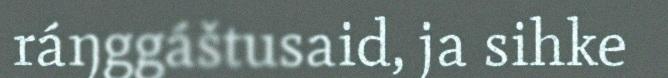
ráŋggáštusaid, ja sihke